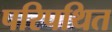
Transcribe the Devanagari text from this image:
परिपथित